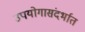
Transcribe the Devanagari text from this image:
उपयोगासंदर्भात